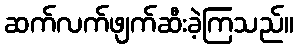
ဆက်လက်ဖျက်ဆီးခဲ့ကြသည်။